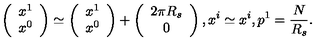
\left( \begin{array} { c } { x ^ { 1 } } \\ { x ^ { 0 } } \\ \end{array} \right) \simeq \left( \begin{array} { c } { x ^ { 1 } } \\ { x ^ { 0 } } \\ \end{array} \right) + \left( \begin{array} { c } { 2 \pi R _ { s } } \\ { 0 } \\ \end{array} \right) , x ^ { i } \simeq x ^ { i } , p ^ { 1 } = \frac { N } { R _ { s } } .